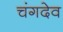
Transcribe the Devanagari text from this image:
चंगदेव